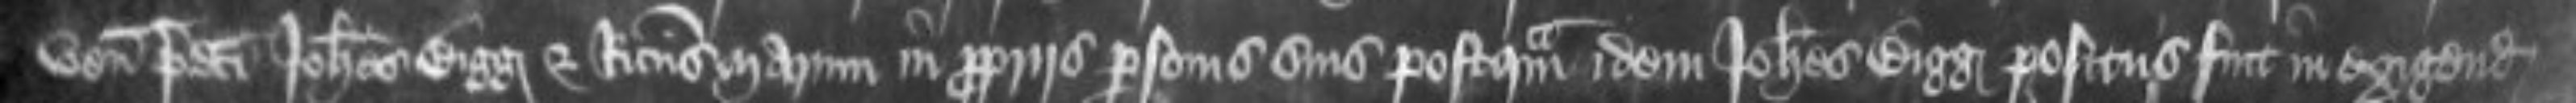
veniunt predicti Johannes Bigg et Ricardus Marum in propriis personis suis postquam idem Johannes Bigg positus fuit in exigendis